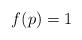
LaTeX: \begin{align*}f(p)=1\end{align*}